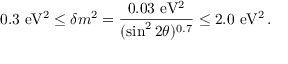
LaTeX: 0 . 3 \mathrm { \ e V ^ { 2 } } \le \delta m ^ { 2 } = { \frac { 0 . 0 3 \mathrm { \ e V ^ { 2 } } } { ( \sin ^ { 2 } 2 \theta ) ^ { 0 . 7 } } } \le 2 . 0 \mathrm { \ e V ^ { 2 } \, . }